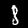
Digit: 8